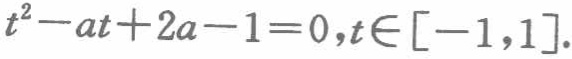
\(t^{2}-at + 2a - 1 = 0,t\in[-1,1]\)